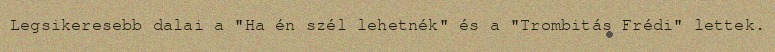
Legsikeresebb dalai a "Ha én szél lehetnék" és a "Trombitás Frédi" lettek.